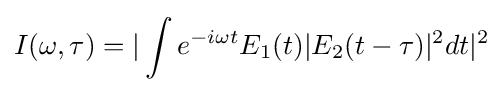
I(\omega ,\tau )=|\int e^{-i\omega t}E_{1}(t)|E_{2}(t-\tau )|^{2}dt|^{2}